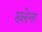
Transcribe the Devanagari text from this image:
ख्लेना